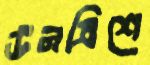
উনত্রিশে